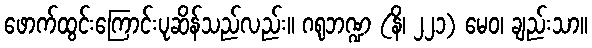
ဖောက်ထွင်းကြောင်းပုဆိန်သည်လည်း။ ဂရုဘဏ္ဍ (နိ၊ ၂၂၁) မေဝ၊ ချည်းသာ။